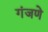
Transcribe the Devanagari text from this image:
गंजणे